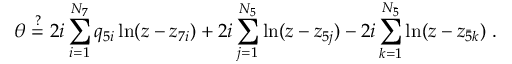
\theta \stackrel { ? } { = } 2 i \sum _ { i = 1 } ^ { N _ { 7 } } q _ { 5 i } \ln ( z - z _ { 7 i } ) + 2 i \sum _ { j = 1 } ^ { N _ { 5 } } \ln ( z - z _ { 5 j } ) - 2 i \sum _ { k = 1 } ^ { N _ { \bar { 5 } } } \ln ( z - z _ { \bar { 5 } k } ) \ .